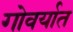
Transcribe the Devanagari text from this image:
गोवर्यात